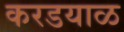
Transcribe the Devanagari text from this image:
करडयाळ